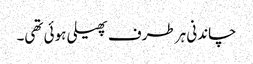
چاندنی ہر طرف پھیلی ہوئی تھی۔